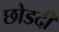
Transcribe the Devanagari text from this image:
छोडदी